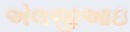
એલજીઆઇ